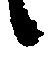
候